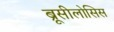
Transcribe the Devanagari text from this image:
ब्रूसीलोसिस